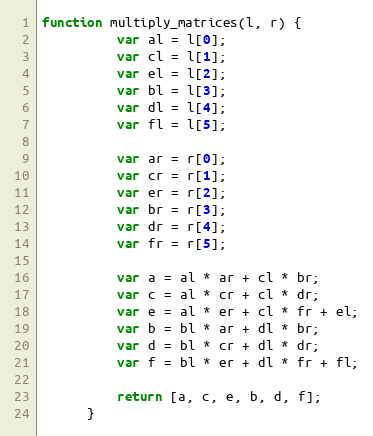
Language: JavaScript
function multiply_matrices(l, r) {
          var al = l[0];
          var cl = l[1];
          var el = l[2];
          var bl = l[3];
          var dl = l[4];
          var fl = l[5];

          var ar = r[0];
          var cr = r[1];
          var er = r[2];
          var br = r[3];
          var dr = r[4];
          var fr = r[5];

          var a = al * ar + cl * br;
          var c = al * cr + cl * dr;
          var e = al * er + cl * fr + el;
          var b = bl * ar + dl * br;
          var d = bl * cr + dl * dr;
          var f = bl * er + dl * fr + fl;

          return [a, c, e, b, d, f];
      }